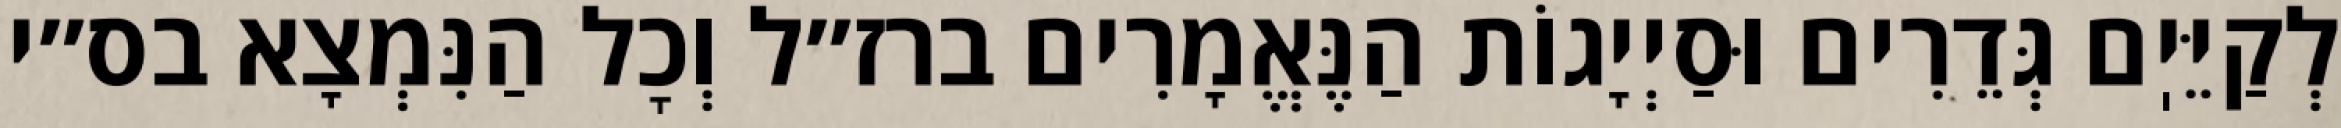
לְקַיֵּיֽם גְּדֵרִים וּסַיְיָגוֹת הַנֶּאֱמָרִים ברז״ל וְכׇל הַנִּמְצָא בס״י